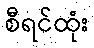
စီရင်ထုံး